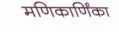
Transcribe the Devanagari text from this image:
मणिकार्णिंका